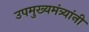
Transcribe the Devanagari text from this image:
उपमुख्यमंत्र्यांनी